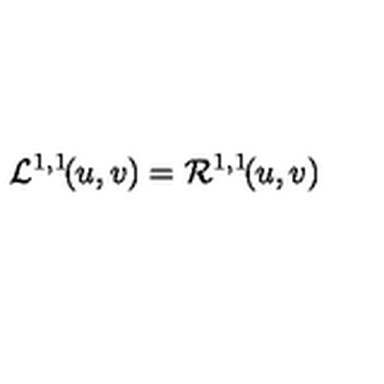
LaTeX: { \cal L } ^ { 1 , 1 } \! ( u , v ) = { \cal R } ^ { 1 , 1 } \! ( u , v )